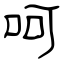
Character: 呵